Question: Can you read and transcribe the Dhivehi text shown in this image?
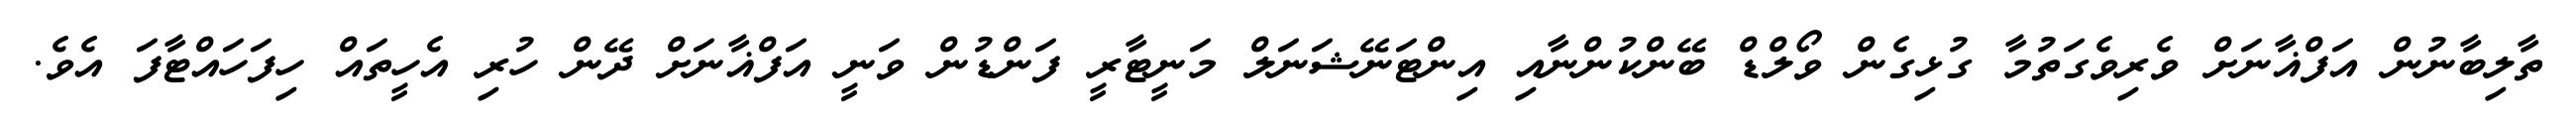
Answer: ތާލިބާނުން އަފްޣާނަށް ވެރިވެގަތުމާ ގުޅިގެން ވޯލްޑް ބޭންކުންނާއި އިންޓަނޭޝަނަލް މަނީޓާރީ ފަންޑުން ވަނީ އަފްޣާނަށް ދޭން ހުރި އެހީތައް ހިފަހައްޓާފަ އެވެ.